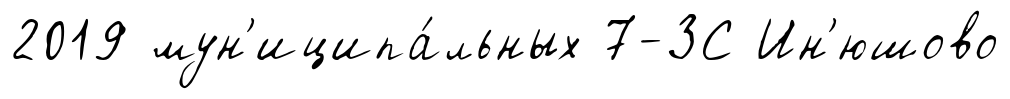
2019 мун'иципа́льных 7-ЗС Ин'юшово